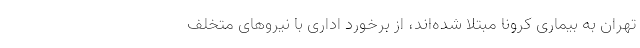
تهران به بیماری کرونا مبتلا شده‌اند، از برخورد اداری با نیروهای متخلف